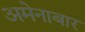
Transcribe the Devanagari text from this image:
अमेनाबार